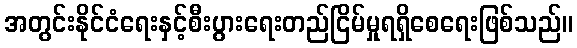
အတွင်းနိုင်ငံရေးနှင့်စီးပွားရေးတည်ငြိမ်မှုရရှိစေရေးဖြစ်သည်။